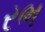
રભ